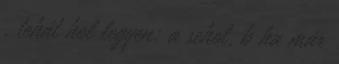
, tehát hol legyen: a sehol, b ha már